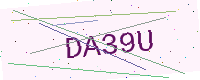
Text: DA39U